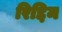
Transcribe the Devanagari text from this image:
रिद्दिम